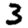
Digit: 3